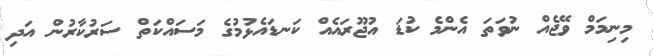
މިނިމަމް ވޭޖެއް ނުވަތަ އެންމެ ކުޑަ އުޖޫރައެއް ކަނޑައެޅުމުގެ މަސައްކަތް ސަރުކާރުން އަދި